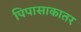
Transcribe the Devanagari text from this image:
पिपासाकातर